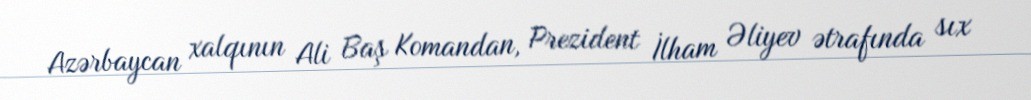
Azərbaycan xalqının Ali Baş Komandan, Prezident İlham Əliyev ətrafında sıx